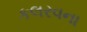
કલરવના